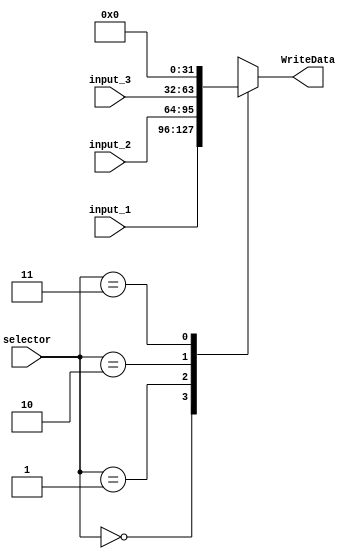
///////////////////Combinational Circuit is asssssssssssssssssiiiiiiiiiiiiiiigggggggggggnnnnnnnnn


module mux3inputs(input_1,input_2,input_3,selector,WriteData);

input wire[31:0] input_1,input_2,input_3;
input wire[1:0] selector;
output reg[31:0] WriteData;

always @(selector, input_1,input_2,input_3) begin
			case(selector)
				0 :  WriteData<= input_1;
				1 :  WriteData<= input_2;
				2 :  WriteData<= input_3;
				3 :  WriteData<= 0;
			endcase
	end

endmodule

module mux2inputs(input_1,input_2,selector,WriteData);

input wire[31:0] input_1,input_2;
input wire selector;
output reg[31:0] WriteData;

always @(selector, input_1,input_2) begin
			case(selector)
				0 :  WriteData<= input_1;
				1 :  WriteData<= input_2;
			endcase
	end

endmodule


module mux12bit(input_1,input_2,selector,WriteData);

input wire[11:0] input_1,input_2;
input wire selector;
output reg[11:0] WriteData;

always @(selector, input_1,input_2) begin
			case(selector)
				0 :  WriteData<= input_1;
				1 :  WriteData<= input_2;
			endcase
	end

endmodule

module mux5bit(input wire[4:0] input_1,input wire[4:0] input_2,input wire selector,output reg[4:0] write_data);
always @(selector or input_1 or input_2)
begin
case(selector )
0: write_data<=input_1;
1: write_data<=input_2;
endcase
end
endmodule

module mux32bit(input wire[31:0] input_1,input wire[31:0] input_2,input wire selector,output reg[31:0] write_data);
always @(selector)
begin
case(selector)
0: write_data<=input_1;
1: write_data<=input_2;
endcase
end
endmodule

module MUX1 (Result,wd,MUXCtrl,WriteData);
	input[31:0] Result,wd;
	input MUXCtrl;

	output reg [31:0] WriteData;

	always @(MUXCtrl, Result, wd) begin
			case(MUXCtrl)
				0 :  WriteData<=wd;
				1 :  WriteData<= Result;
			endcase
	end

endmodule

module mux(input wire[31:0] input_0,input wire[31:0] input_1,input wire selector,output wire[31:0] write_data);

assign write_data=(selector==0)? input_0:
		  (selector==1)?input_1:0;

endmodule